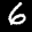
Label: 6